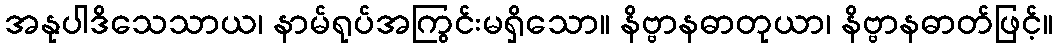
အနုပါဒိသေသာယ၊ နာမ်ရုပ်အကြွင်းမရှိသော။ နိဗ္ဗာနဓာတုယာ၊ နိဗ္ဗာနဓာတ်ဖြင့်။